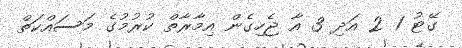
ގޭޓު 1 2 އަދި 3 އާ ޖެހިގެން އިމާރާތް ކުރުމުގެ މަސައްކަތް